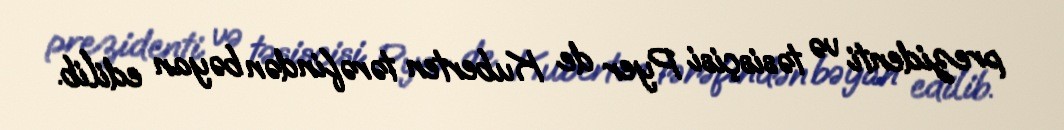
prezidenti və təsisçisi Pyer de Kuberten tərəfindən bəyan edilib.